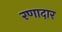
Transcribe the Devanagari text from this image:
रणादार